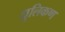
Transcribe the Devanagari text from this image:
धुलिकण